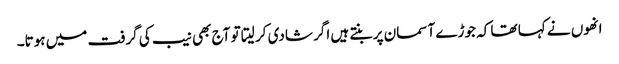
انھوں نے کہا تھا کہ جوڑے آسمان پر بنتے ہیں اگر شادی کر لیتا تو آج بھی نیب کی گرفت میں ہوتا۔